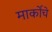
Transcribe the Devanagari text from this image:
मार्कोचे